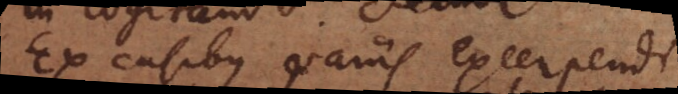
Ex casibus variis excerpendi